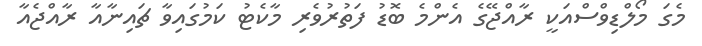
މެގަ މޯލްޑިވްސްއަކީ ރާއްޖޭގެ އެންމެ ބޮޑު ފަތުރުވެރި މާކެޓު ކަމުގައިވާ ޗައިނާއާ ރާއްޖެއާ